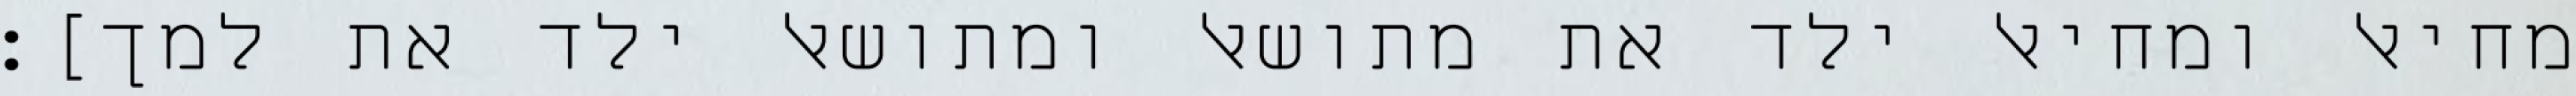
מחיאל ומחיאל ילד את מתושאל ומתושאל ילד את למך]׃